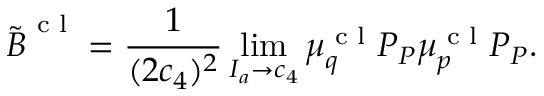
\boldsymbol { \tilde { B } } ^ { \textrm { c l } } = \frac { 1 } { ( 2 c _ { 4 } ) ^ { 2 } } \operatorname* { l i m } _ { I _ { a } \to c _ { 4 } } \boldsymbol { \mu } _ { q } ^ { \textrm { c l } } \boldsymbol { P } _ { P } \boldsymbol { \mu } _ { p } ^ { \textrm { c l } } \boldsymbol { P } _ { P } .